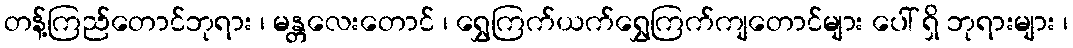
တန့်ကြည်တောင်ဘုရား ၊ မန္တလေးတောင် ၊ ရွှေကြက်ယက်ရွှေကြက်ကျတောင်များ ပေါ် ရှိ ဘုရားများ ၊